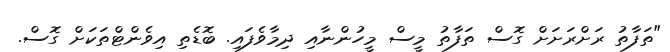
"ތަފާތު ރަށްރަށަށް ގޮސް ތަފާތު މީސް މީހުންނާއި ދިމާވެފައި. ބޮޑެތި އިވެންޓްތަކަށް ގޮސް.